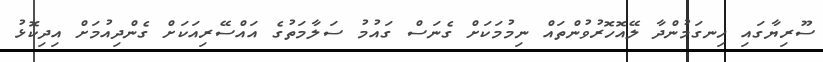
ސޫރިޔާގައި ހިނގަމުންދާ ލޭއޮހޮރުވުންތައް ނިމުމަކަށް ގެނަސް ގައުމު ސަލާމަތުގެ އައްސޭރިއަކަށް ގެންދިއުމަށް އިދިކޮޅު